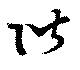
階